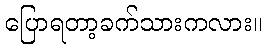
ပြောရတာ့ခက်သားကလား။